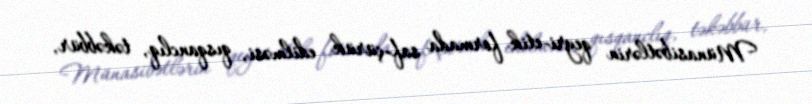
Münasibətlərin qeyri-etik formada saf-çürük edilməsi, qısqanclıq, təkəbbür,